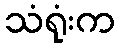
သံရုံးက